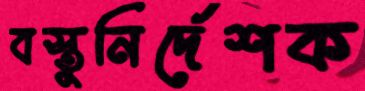
বস্তুনির্দেশক